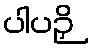
ပါပဉှိ